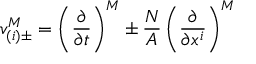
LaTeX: v _ { ( i ) \pm } ^ { M } = \left( \frac { \partial } { \partial t } \right) ^ { M } \pm \frac { N } { A } \left( \frac { \partial } { \partial x ^ { i } } \right) ^ { M }